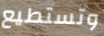
وتستطيع